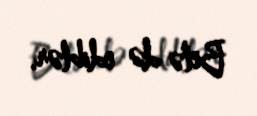
Belə də ediblər.